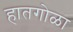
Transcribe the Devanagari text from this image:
हातगोळा